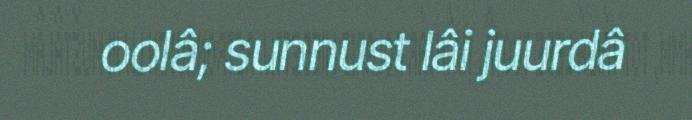
oolâ; sunnust lâi juurdâ